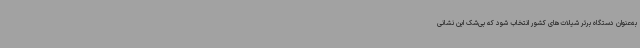
به‌عنوان دستگاه برتر شیلات‌های کشور انتخاب شود که بی‌شک این نشانی